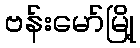
ဗန်းမော်မြို့